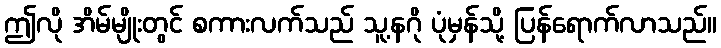
ဤလို အိမ်မျိုးတွင် စကားလက်သည် သူ့နဂို ပုံမှန်သို့ ပြန်ရောက်လာသည်။